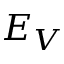
E _ { V }